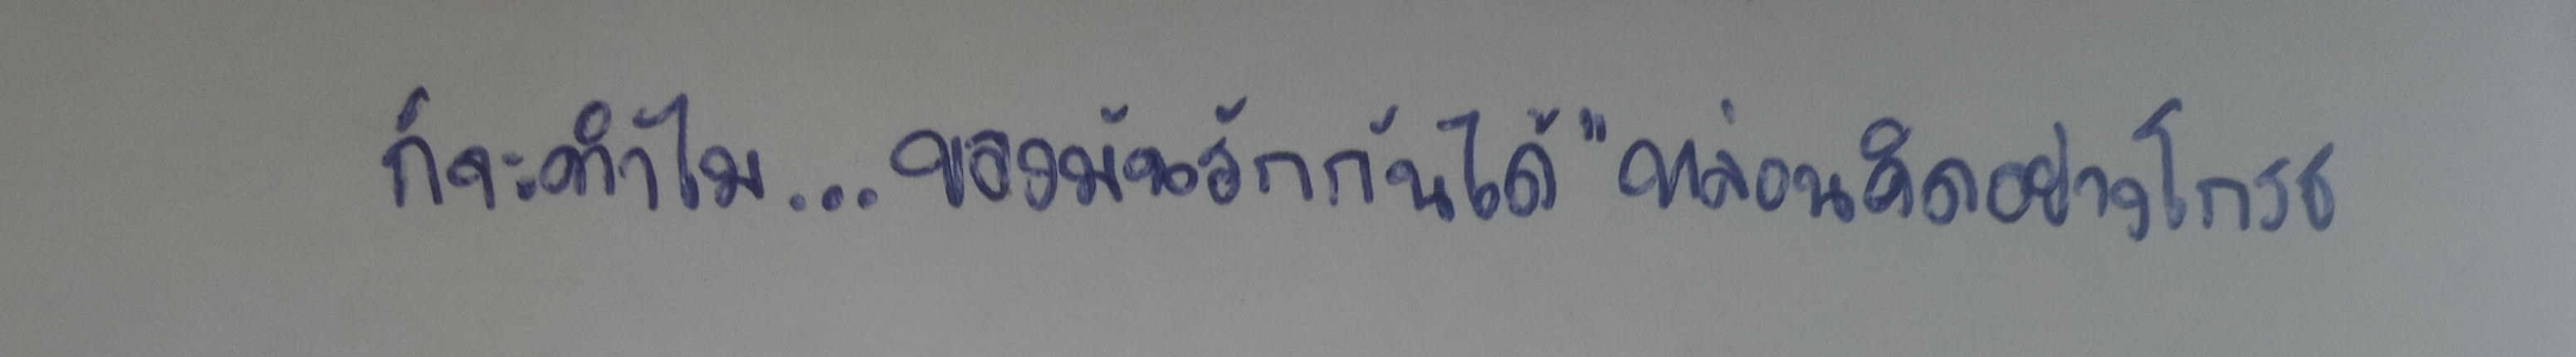
ก็จะทำไม...ของมันรักกันได้"หล่อนคิดอย่างโกรธ